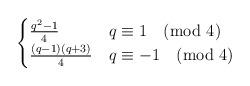
LaTeX: \begin{align*} \begin{cases} \frac{q^2-1}4&q\equiv1\pmod4\\ \frac{(q-1)(q+3)}4&q\equiv-1\pmod4 \end{cases} \end{align*}